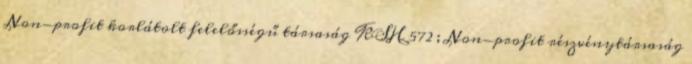
Non-profit korlátolt felelősségű társaság KSH 572 ; Non-profit részvénytársaság